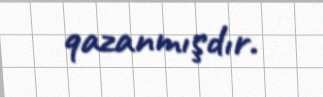
qazanmışdır.